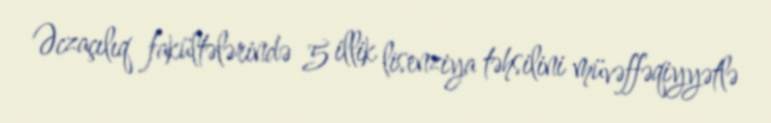
Əczaçılıq fakültələrində 5 illik lisenziya təhsilini müvəffəqiyyətlə